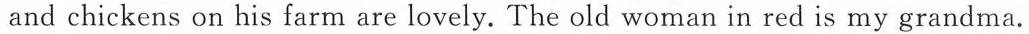
and chickens on his farm are lovely. The old woman in red is my grandma.